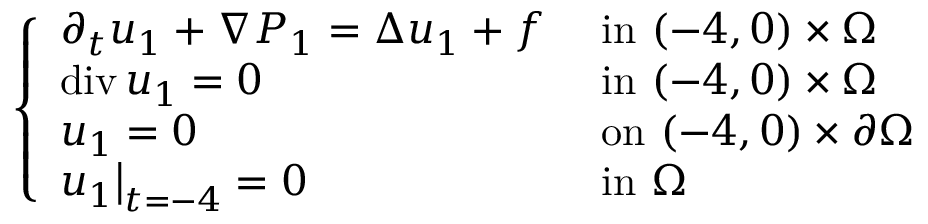
\begin{array} { r } { \left\{ \begin{array} { l l } { \partial _ { t } u _ { 1 } + \nabla P _ { 1 } = \Delta u _ { 1 } + f } & { \mathrm { ~ i n ~ } ( - 4 , 0 ) \times \Omega } \\ { \operatorname { d i v } u _ { 1 } = 0 } & { \mathrm { ~ i n ~ } ( - 4 , 0 ) \times \Omega } \\ { u _ { 1 } = 0 } & { \mathrm { ~ o n ~ } ( - 4 , 0 ) \times \partial \Omega } \\ { u _ { 1 } \bigr \rvert _ { t = - 4 } = 0 } & { \mathrm { ~ i n ~ } \Omega } \end{array} \right. } \end{array}